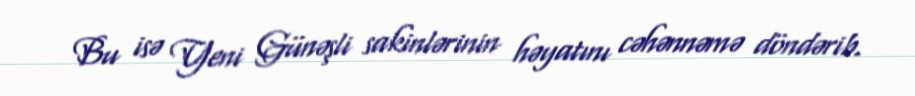
Bu isə Yeni Günəşli sakinlərinin həyatını cəhənnəmə döndərib.